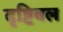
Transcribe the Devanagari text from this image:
दृष्टिबल